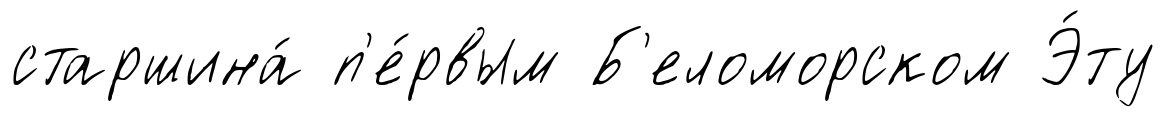
старшина́ п'е́рвым Б'еломорском Э́ту